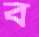
ব